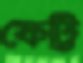
ফেট্টি